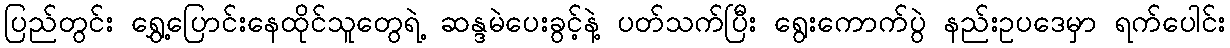
ပြည်တွင်း ရွှေ့ပြောင်းနေထိုင်သူတွေရဲ့ ဆန္ဒမဲပေးခွင့်နဲ့ ပတ်သက်ပြီး ရွေးကောက်ပွဲ နည်းဥပဒေမှာ ရက်ပေါင်း